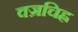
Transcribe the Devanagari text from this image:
वज्रचिह्न